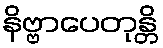
နိဗ္ဗာပေတုန္တိ